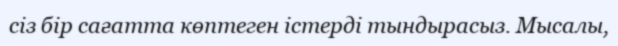
сіз бір сағатта көптеген істерді тындырасыз. Мысалы,